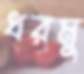
ধরমু